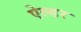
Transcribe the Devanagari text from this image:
ऐल्डर